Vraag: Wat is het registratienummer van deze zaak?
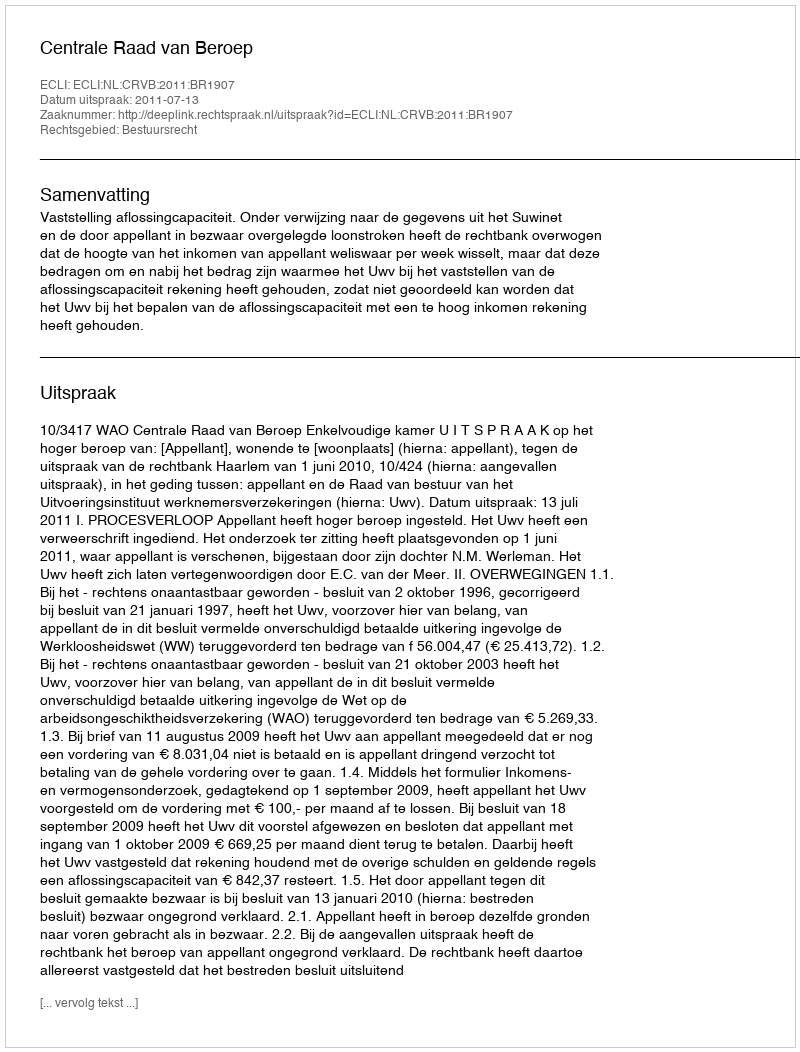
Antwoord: http://deeplink.rechtspraak.nl/uitspraak?id=ECLI:NL:CRVB:2011:BR1907